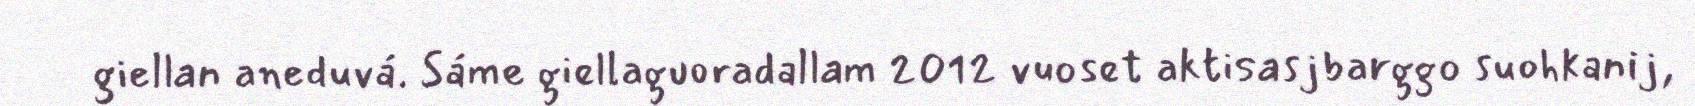
giellan aneduvá. Sáme giellaguoradallam 2012 vuoset aktisasjbarggo suohkanij,